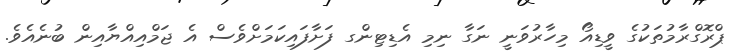
ޕްރޮގްރާމުތަކުގެ ވީޑިއޯ މިހާރުވަނީ ނަގާ ނިމި އެޑިޓިންގ ފަށާފައިކަމަށްވެސް އެ ޖަމްއިއްޔާއިން ބުނެއެވެ.